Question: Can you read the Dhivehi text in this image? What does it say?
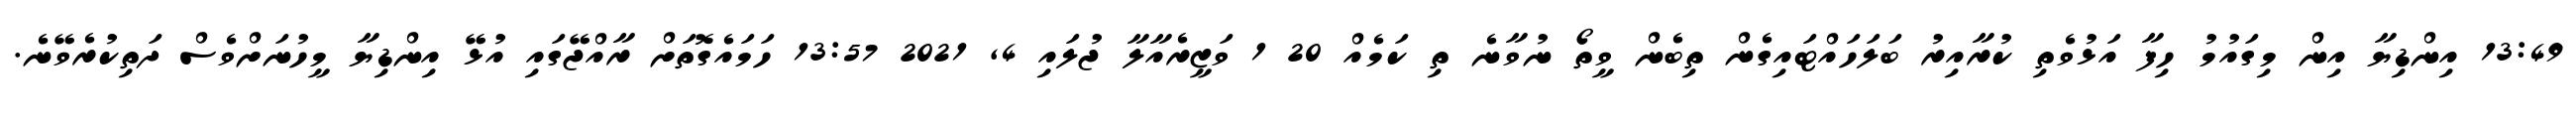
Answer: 13:49 އިންޑިޔާ އިން މިގައުމު ހިފާ އަޅުވެތި ކުރާއިރު ބަލަހައްޓައިގެން ތިބެން ވީތޯ ނުވާނެ ތި ކަމެއް 20 1 ވަޒީރެއާލާ ޖުލައި 4, 2021 13:57 ހަމައެގޮތަށް ރާއްޖޭގައި އުޅޭ އިންޑިޔާ މީހުނަށްވެސް ދަތިކުރެވޭނެ.